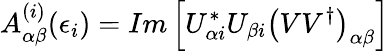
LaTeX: A_{\alpha\beta}^{(i)}(\epsilon_{i})=Im\left[U_{\alpha i}^{\ast}U_{\beta i}\left(VV^{\dagger}\right)_{\alpha\beta}\right]